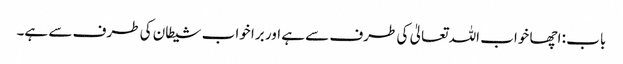
باب : اچھا خواب اللہ تعالیٰ کی طرف سے ہے اور برا خواب شیطان کی طرف سے ہے۔